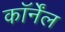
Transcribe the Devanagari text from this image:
कॉर्नेंल